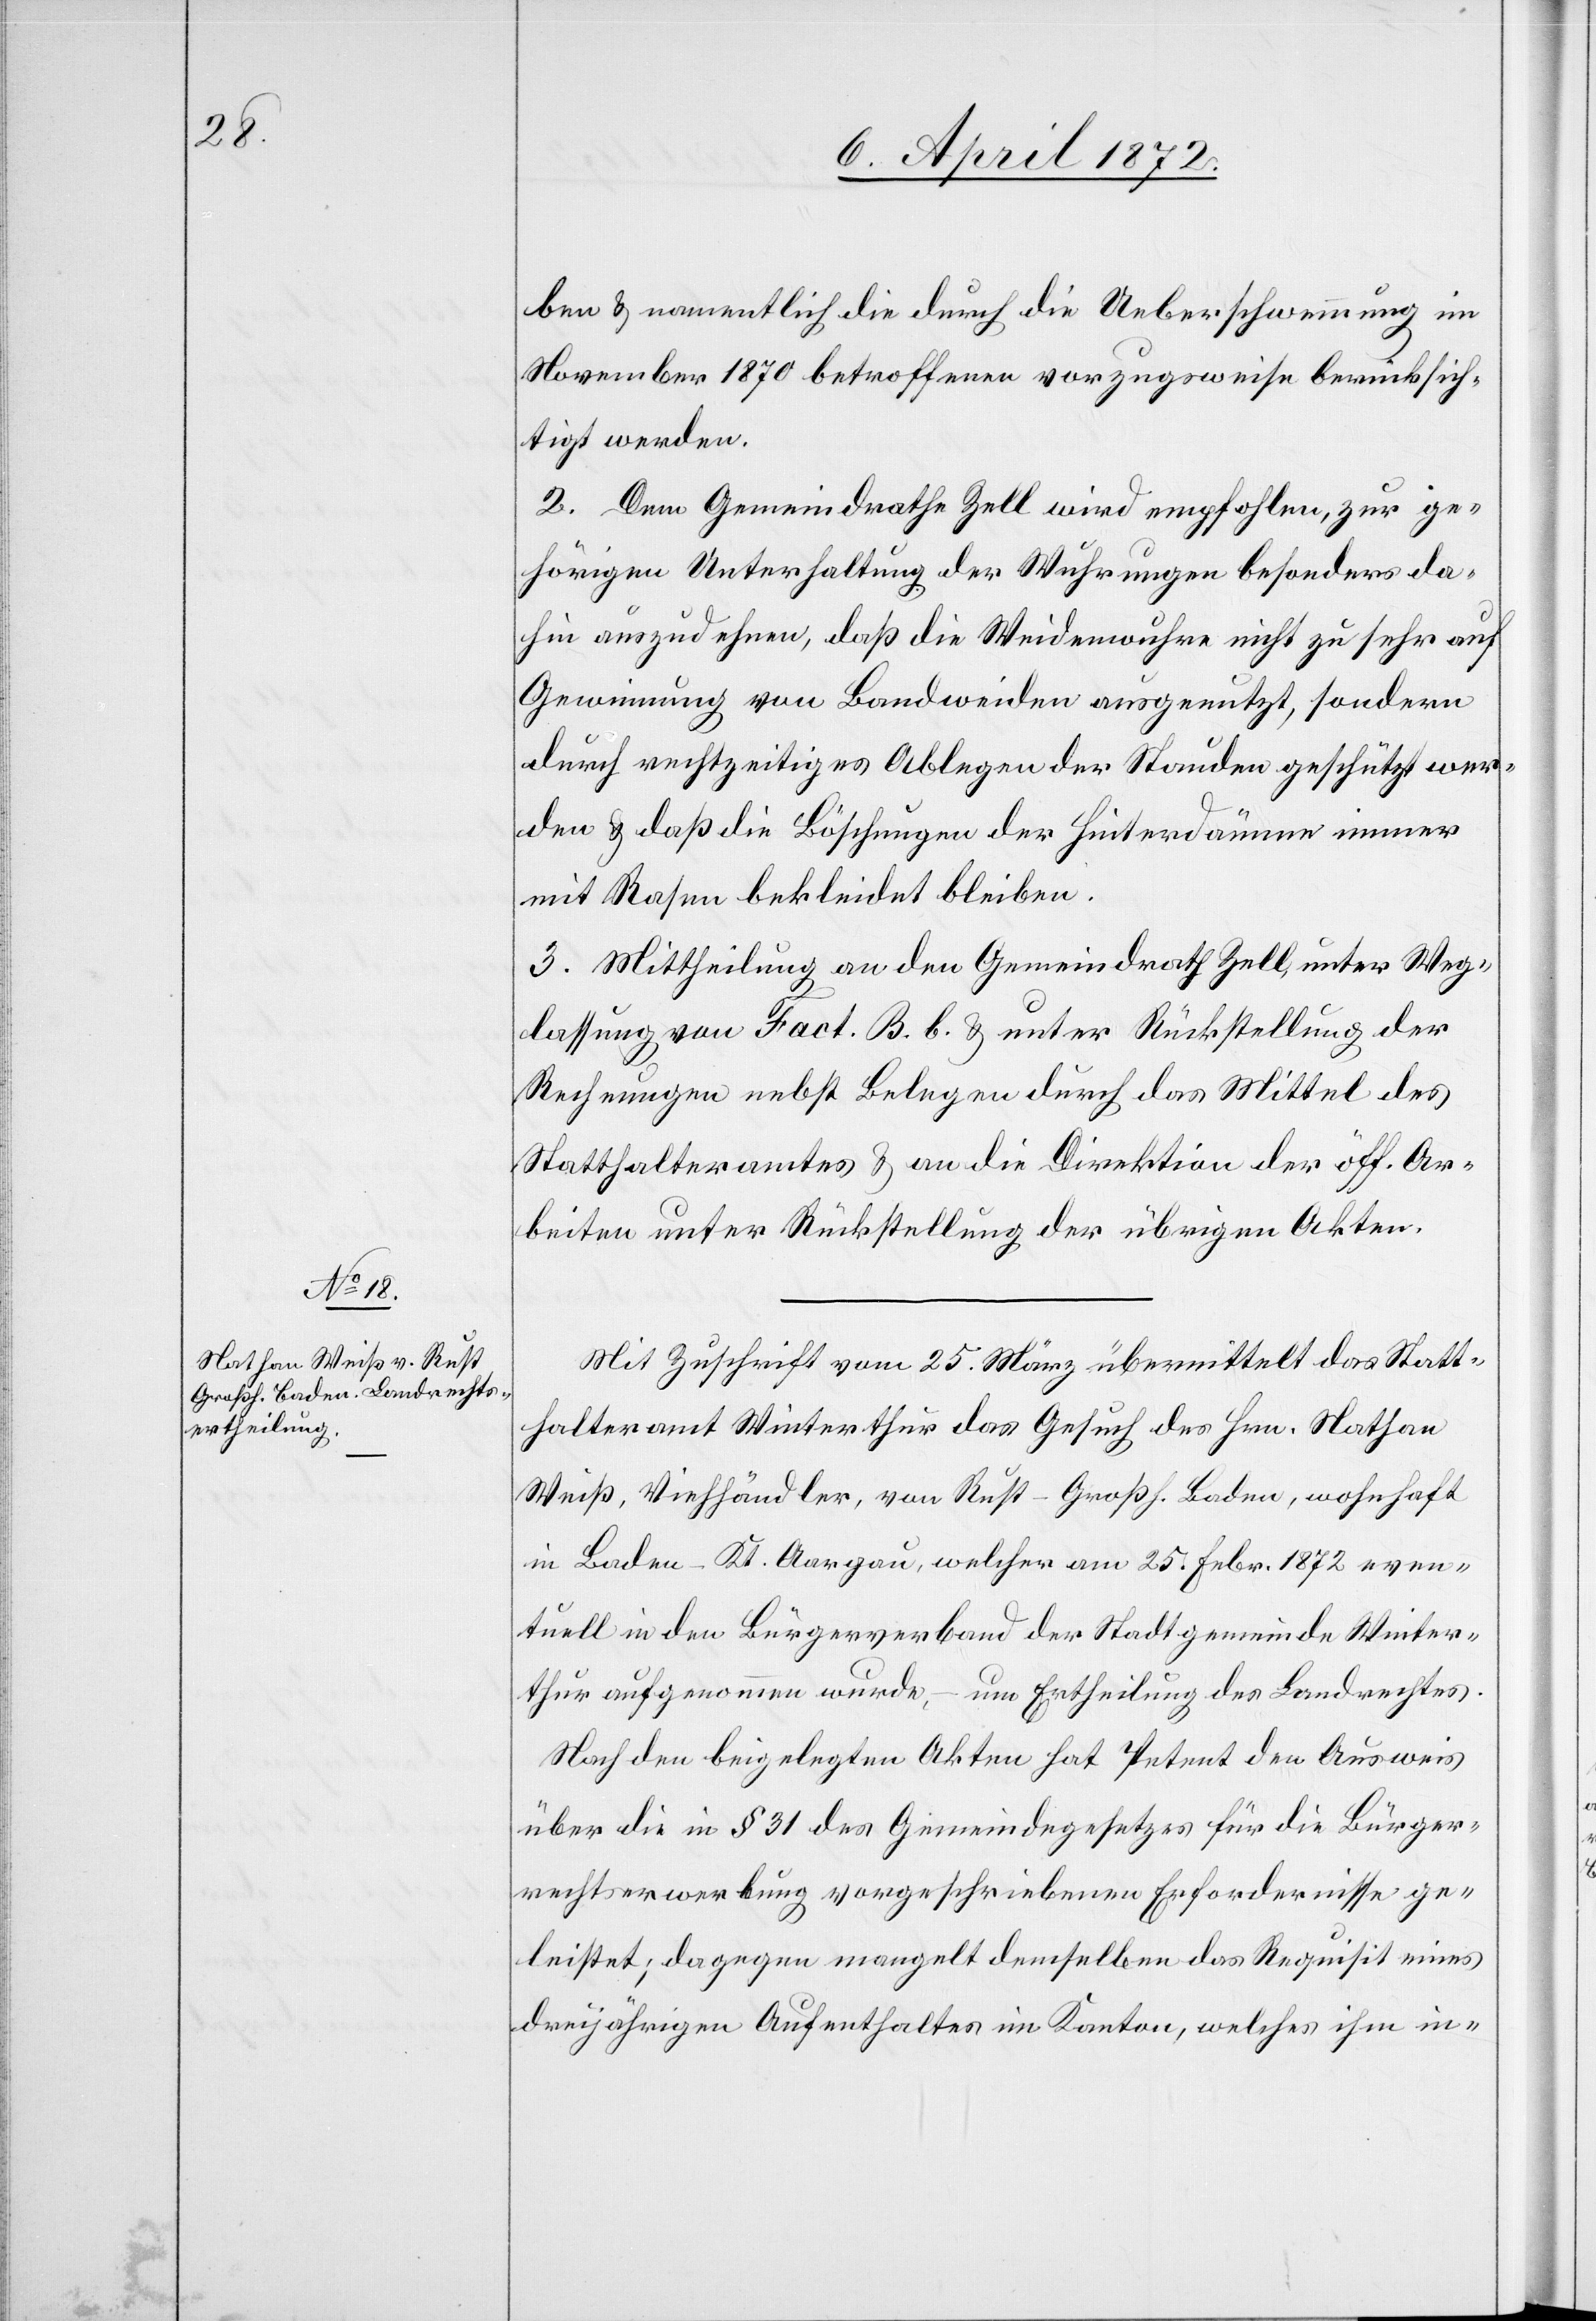
ben u. namentlich die durch die Ueberschwemmung im
November 1870 betroffenen vorzugsweise berücksich¬
tigt werden.
2. Dem Gemeindrathe Zell wird empfohlen, zur ge¬
hörigen Unterhaltung der Wuhrungen besonders da¬
hin auszudehnen, daß die Weidenwuhre nicht zu sehr auf
Gewinnung von Bandweiden ausgenutzt, sondern
durch rechtzeitiges Ablegen der Stauden geschützt wer¬
den u. daß die Böschungen der Hinterdämme immer
mit Rasen bekleidet bleiben.
3. Mittheilung an den Gemeindrath Zell unter Weg¬
lassung von Fact. B. b. u. unter Rückstellung der
Rechnungen nebst Belegen durch das Mittel des
Statthalteramtes u. an die Direktion der öff. Ar¬
beiten unter Rückstellung der übrigen Akten.
Mit Zuschrift vom 25. März übermittelt das Statt¬
halteramt Winterthur das Gesuch des Hrn. Nathan
Weiß, Viehhändler, von Rust-Großh. Baden, wohnhaft
in Baden-Kt. Aargau, welcher am 25. Febr. 1872 even¬
tuell in den Bürgerverband der Stadtgemeinde Winter¬
thur aufgenommen wurde, – um Ertheilung des Landrechtes.
Nach den beigelegten Akten hat Petent den Ausweis
über die in § 31 des Gemeindegesetzes für die Bürger¬
rechtserwerbung vorgeschriebenen Erfordernisse ge¬
leistet; dagegen mangelt demselben das Requisit eines
dreijährigen Aufenthaltes im Kanton, welches ihm in-